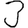
Digit: 3